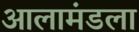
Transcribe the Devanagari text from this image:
आलामंडला